Civil Veterinary Dept. Bombay admin report 1893-99 - 1893-1899
Year: 1893
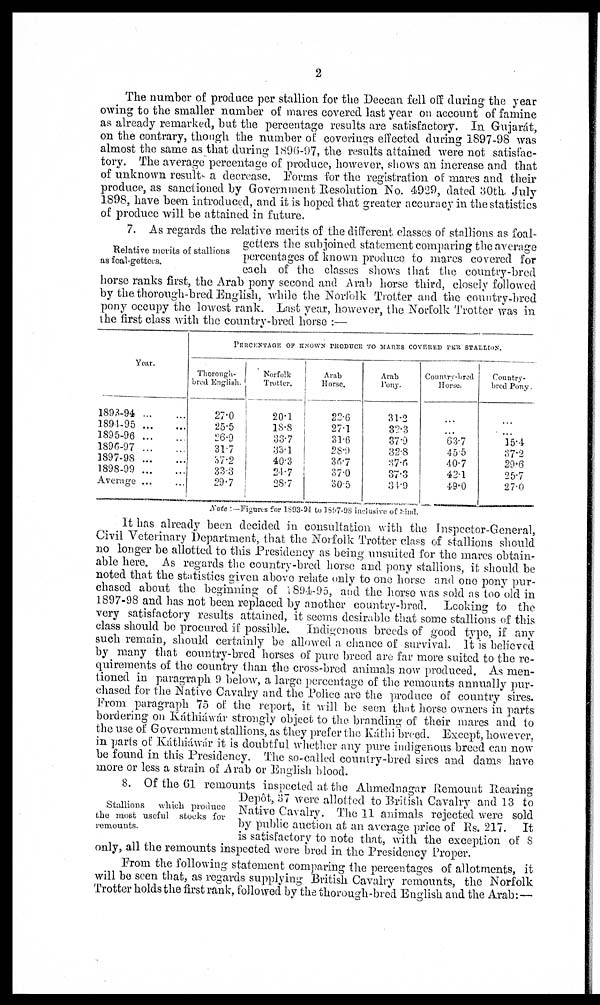
2
The number of produce per stallion for the Deccan fell off during the year
owing to the smaller number of mares covered last year on account of famine
as already remarked, but the percentage results are satisfactory. In Gujarát,
on the contrary, though the number of coverings effected during 1897-98 was
almost the same as that during 1896-97, the results attained were not satisfac-
tory. The average percentage of produce, however, shows an increase and that
of unknown result a decrease. Forms for the registration of mares and their
produce, as sanctioned by Government Resolution No. 4929, dated 30th July
1898, have been introduced, and it is hoped that greater accuracy in the statistics
of produce will be attained in future.
Relative merits of stallions
as foal-getters.
7. As regards the relative merits of the different classes of stallions as foal-
getters the subjoined statement comparing the average
percentages of known produce to mares covered for
each of the classes shows that the country-bred
horse ranks first, the Arab pony second and Arab horse third, closely followed
by the thorough-bred English, while the Norfolk Trotter and the country-bred
pony occupy the lowest rank. Last year, however, the Norfolk Trotter was in
the first class with the country-bred horse:—
Year.
1893-94 ... ...
1894-95 ... ...
1895-96 ... ...
1896-97 ... ...
1897-98 ... ...
1898-99 ... ...
Average ... ...
PERCENTAGE OF KNOWN PRODUCE TO MARES COVERED PER STALLION.
Thorough-
bred English.
27.0
25.5
26.9
31.7
37.2
33.3
29.7
Norfolk
Trotter.
20.1
18.8
33.7
33.1
40.3
24.7
28.7
Arab
Horse.
22.6
27.1
31.6
28.9
36.7
37.0
30.5
Arab
Pony.
31.2
32.3
37.9
32.8
37.6
37.3
34.9
Country-bred
Horse.
...
...
63.7
45.5
40.7
42.1
49.0
Country¬
bred Pony.
...
...
15.4
37.2
29.6
25.7
27.0
Note:— Figures for 1893-94 to 1897-98 inclusive of Sind.
It has already been decided in consultation with the Inspector-General,
Civil Veterinary Department, that the Norfolk Trotter class of stallions should
no longer be allotted to this Presidency as being unsuited for the mares obtain-
able here. As regards the country-bred horse and pony stallions, it should be
noted that the statistics given above relate only to one horse and one pony pur-
chased about the beginning of 1894-95, and the horse was sold as too old in
1897-98 and has not been replaced by another country-bred. Looking to the
very satisfactory results attained, it seems desirable that some stallions of this
class should be procured if possible. Indigenous breeds of good type, if any
such remain, should certainly be allowed a chance of survival. It is believed
by many that country-bred horses of pure breed are far more suited to the re-
quirements of the country than the cross-bred animals now produced. As men-
tioned in paragraph 9 below, a large percentage of the remounts annually pur-
chased for the Native Cavalry and the Police are the produce of country sires.
From paragraph 75 of the report, it will be seen that horse owners in parts
bordering on Káthiáwár strongly object to the branding of their mares and to
the use of Government stallions, as they prefer the Káthi breed. Except, however,
in parts of Káthiáwár it is doubtful whether any pure indigenous breed can now
be found in this Presidency. The so-called country-bred sires and dams have
more or less a strain of Arab or English blood.
Stallions which produce
the most useful stocks for
remounts.
8. Of the 61 remounts inspected at the Ahmednagar Remount Rearing
Depôt, 37 were allotted to British Cavalry and 13 to
Native Cavalry. The 11 animals rejected were sold
by public auction at an average price of Rs. 217. It
is satisfactory to note that, with the exception of 8
only, all the remounts inspected were bred in the Presidency Proper.
From the following statement comparing the percentages of allotments, it
will be seen that, as regards supplying British Cavalry remounts, the Norfolk
Trotter holds the first rank, followed by the thorough-bred English and the Arab:—